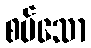
စပ်သော